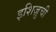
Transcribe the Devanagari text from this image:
इशिज़ुची